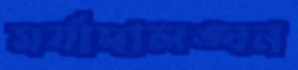
মর্যাদালঙ্ঘন